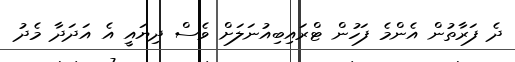
ދެ ފަރާތުން އެންމެ ފަހުން ޓްރައިބިއުނަލަށް ވެސް ދިޔައީ އެ އަދަދާ މެދު